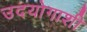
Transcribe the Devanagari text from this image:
उदयोगाशी